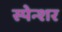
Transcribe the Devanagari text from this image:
स्पेन्शर